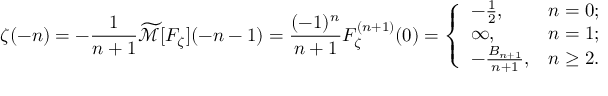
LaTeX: \zeta ( - n ) = - { \frac { 1 } { n + 1 } } { \widetilde { \mathcal { M } } } [ F _ { \zeta } ] ( - n - 1 ) = { \frac { ( - 1 ) ^ { n } } { n + 1 } } F _ { \zeta } ^ { ( n + 1 ) } ( 0 ) = { \left\{ \begin{array} { l l } { - { \frac { 1 } { 2 } } , } & { n = 0 ; } \\ { \infty , } & { n = 1 ; } \\ { - { \frac { B _ { n + 1 } } { n + 1 } } , } & { n \geq 2 . } \end{array} \right. }